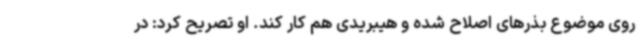
روی موضوع بذرهای اصلاح شده و هیبریدی هم کار کند. او تصریح کرد: در